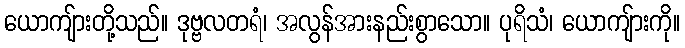
ယောကျ်ားတို့သည်။ ဒုဗ္ဗလတရံ၊ အလွန်အားနည်းစွာသော။ ပုရိသံ၊ ယောကျ်ားကို။